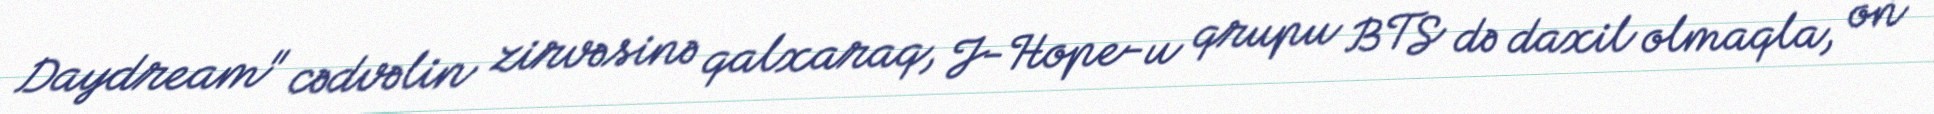
Daydream" cədvəlin zirvəsinə qalxaraq, J-Hope-u qrupu BTS də daxil olmaqla, on